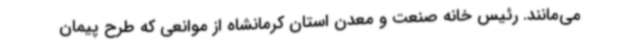
می‌مانند. رئیس خانه صنعت و معدن استان کرمانشاه از موانعی که طرح پیمان